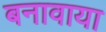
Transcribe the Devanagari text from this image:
बनावाया